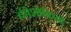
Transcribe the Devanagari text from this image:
कीशोकियों